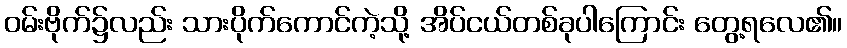
ဝမ်းဗိုက်၌လည်း သားပိုက်ကောင်ကဲ့သို့ အိပ်ငယ်တစ်ခုပါကြောင်း တွေ့ရလေ၏။